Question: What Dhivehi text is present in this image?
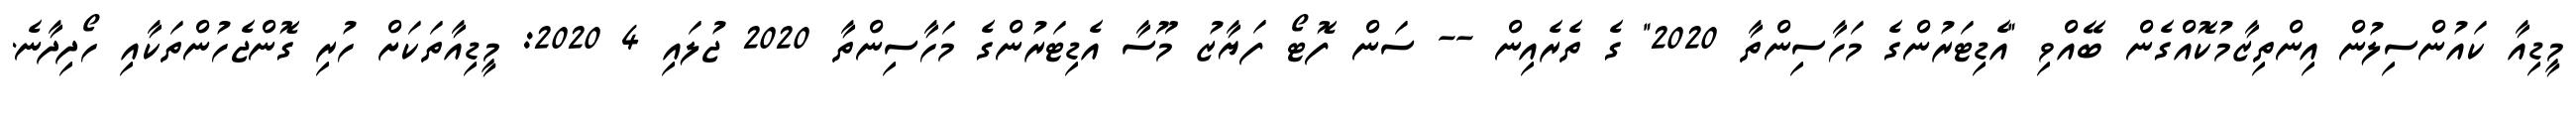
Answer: މީޑިއާ ކައުންސިލުން އިންތިޒާމުކޮއްގެން ބޭއްވި "އެޑިޓަރުންގެ މަހާސިންތާ 2020" ގެ ތެރެއިން -- ސަން ފޮޓޯ ފަޔާޒު މޫސާ އެޑިޓަރުންގެ މަހާސިންތާ 2020 ޖުލައި 4 2020: މީޑިއާތަކަށް ހުރި ގޮންޖެހުންތަކާއި ހޯދިދާނެ.